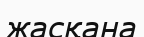
жасқана